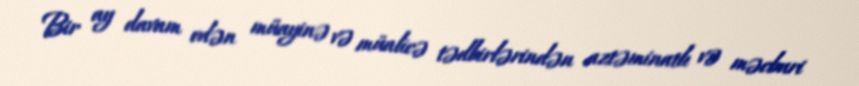
Bir ay davam edən müayinə və müalicə tədbirlərindən aztəminatlı və məcburi